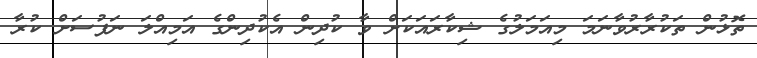
ތޮޅުން ތަކުރާރުވާނަމަ މިއަމަލުގެ ޝިކާރައަކަށް ވާ ކުދިން އެކުދިންގެ އަމިއްލަ ނަފުސަށް ކުރާ